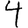
Digit: 4